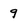
Character: 9